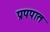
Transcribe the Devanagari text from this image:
प्रपपात